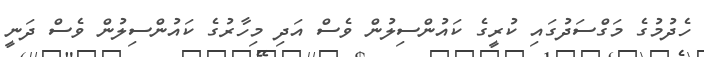
ހެދުމުގެ މަގްސަދުގައި ކުރީގެ ކައުންސިލުން ވެސް އަދި މިހާރުގެ ކައުންސިލުން ވެސް ދަނީ